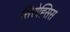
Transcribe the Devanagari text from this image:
सिरोह्सिस